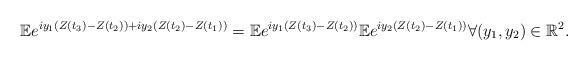
LaTeX: \begin{align*}\mathbb{E}e^{i y_1 (Z(t_3)-Z(t_2))+i y_2 (Z(t_2)-Z(t_1)) }= \mathbb{E}e^{i y_1 (Z(t_3)-Z(t_2))} \mathbb{E}e^{ i y_2 (Z(t_2)-Z(t_1))}\forall (y_1,y_2)\in \mathbb{R}^2.\end{align*}